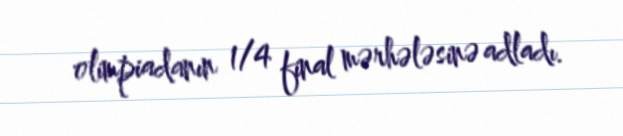
olimpiadanın 1/4 final mərhələsinə adladı.